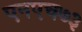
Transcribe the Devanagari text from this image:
एनएच७३